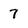
Character: 7